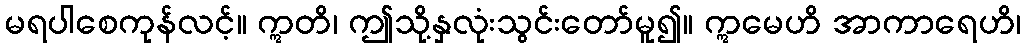
မရပါစေကုန်လင့်။ ဣတိ၊ ဤသို့နှလုံးသွင်းတော်မူ၍။ ဣမေဟိ အာကာရေဟိ၊